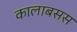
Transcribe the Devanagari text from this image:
कालाबसस